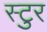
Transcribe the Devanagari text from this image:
स्टुर